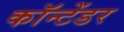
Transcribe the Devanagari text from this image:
कॉन्टेंडर